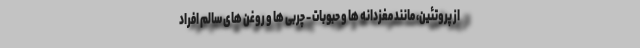
از پروتئین، مانند مغزدانه ها و حبوبات - چربی ها و روغن های سالم افراد